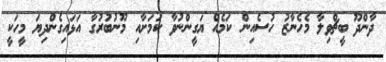
ދާންދޫ ބީޗްވިލާ މެހެނާޒު ހުސެއިން ކަމެއް ޔަގީންނުވާ ކަމަށާއި މޫނުބުރުގާ އަޅައިގެންދިޔަ މީހަކީ